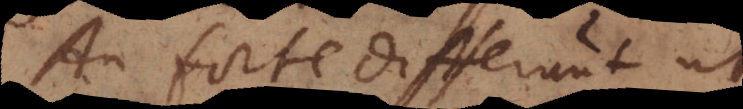
An forte differunt ut